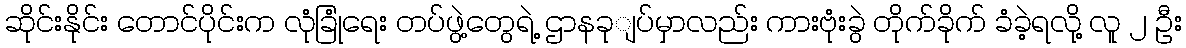
ဆိုင်းနိုင်း တောင်ပိုင်းက လုံခြုံရေး တပ်ဖွဲ့တွေရဲ့ ဌာနခုျပ်မှာလည်း ကားဗုံးခွဲ တိုက်ခိုက် ခံခဲ့ရလို့ လူ ၂ ဦး